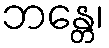
ဘန္တေ၊